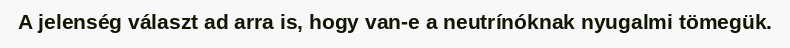
A jelenség választ ad arra is, hogy van-e a neutrínóknak nyugalmi tömegük.